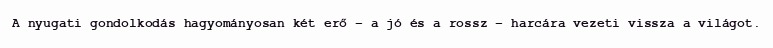
A nyugati gondolkodás hagyományosan két erő – a jó és a rossz – harcára vezeti vissza a világot.